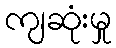
ကျဆုံးမှု